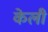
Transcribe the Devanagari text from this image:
केली